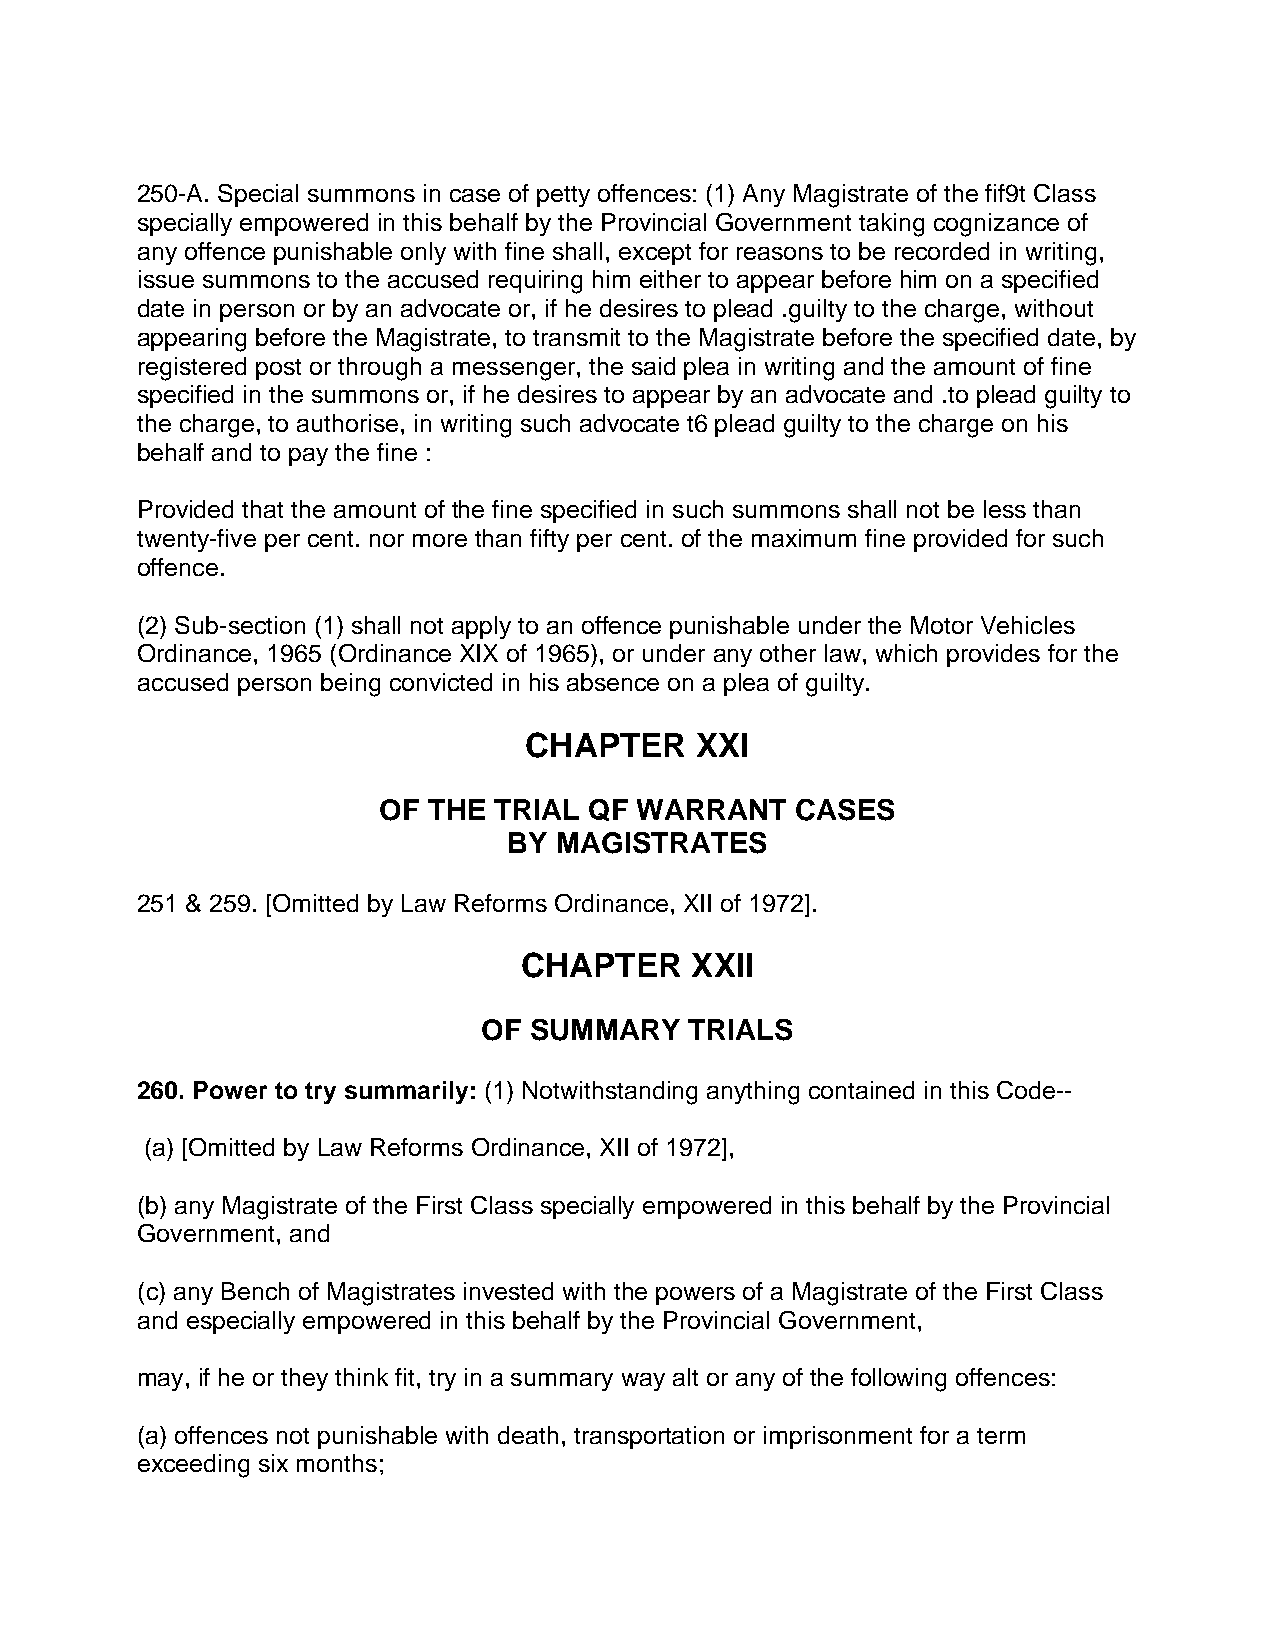
250-A. Special summons in case of petty offences: (1) Any Magistrate of the fif9t Class
 specially empowered in this behalf by the Provincial Government taking cognizance of
 any offence punishable only with fine shall, except for reasons to be recorded in writing,
 issue summons to the accused requiring him either to appear before him on a specified
 date in person or by an advocate or, if he desires to plead .guilty to the charge, without
 appearing before the Magistrate, to transmit to the Magistrate before the specified date, by
 registered post or through a messenger, the said plea in writing and the amount of fine
 specified in the summons or, if he desires to appear by an advocate and .to plead guilty to
 the charge, to authorise, in writing such advocate t6 plead guilty to the charge on his
 behalf and to pay the fine :
 Provided that the amount of the fine specified in such summons shall not be less than
 twenty-five per cent. nor more than fifty per cent. of the maximum fine provided for such
 offence.
 (2) Sub-section (1) shall not apply to an offence punishable under the Motor Vehicles
 Ordinance, 1965 (Ordinance XIX of 1965), or under any other law, which provides for the
 accused person being convicted in his absence on a plea of guilty.
 CHAPTER    XXI
 OF THE  TRIAL QF WARRANT    CASES
 BY MAGISTRATES
 251 & 259. [Omitted by Law Reforms Ordinance, XII of 1972].
 CHAPTER     XXII
 OF SUMMARY    TRIALS
 260. Power to try summarily: (1) Notwithstanding anything contained in this Code--
 (a) [Omitted by Law Reforms Ordinance, XII of 1972],
 (b) any Magistrate of the First Class specially empowered in this behalf by the Provincial
 Government, and
 (c) any Bench of Magistrates invested with the powers of a Magistrate of the First Class
 and especially empowered in this behalf by the Provincial Government,
 may, if he or they think fit, try in a summary way alt or any of the following offences:
 (a) offences not punishable with death, transportation or imprisonment for a term
 exceeding six months;